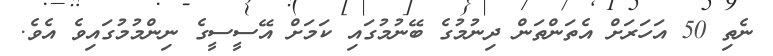
ނެތި 50 އަހަރަށް އެތަންތަން ދިނުމުގެ ބޭނުމުގައި ކަމަށް އޭސީސީގެ ނިންމުމުގައިވެ އެވެ.